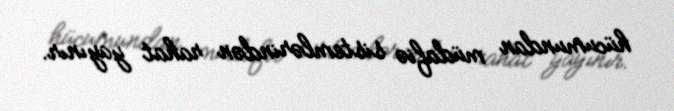
hücumundan müdafiə sistemlərindən rahat yayınır.